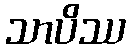
သာပိဿ